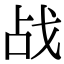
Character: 战